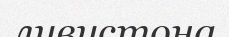
ливистона